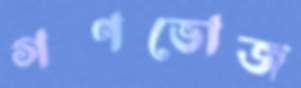
গণভোজ